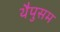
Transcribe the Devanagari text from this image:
थैपुसम